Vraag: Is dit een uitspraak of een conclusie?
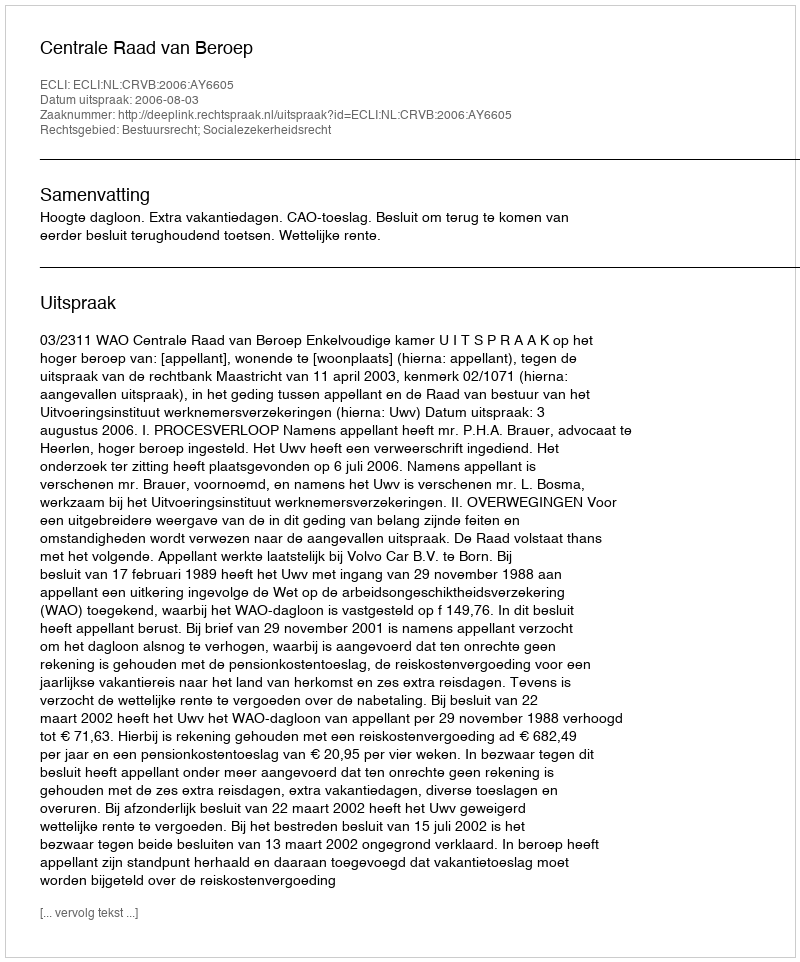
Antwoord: Uitspraak